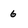
Character: 6